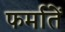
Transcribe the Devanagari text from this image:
फर्मातें